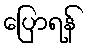
ပြောရန်